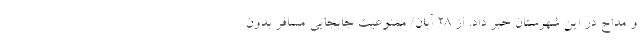
و مداح در این شهرستان خبر داد. از ۲۸ آبان/ ممنوعیت جابجایی مسافر بدون